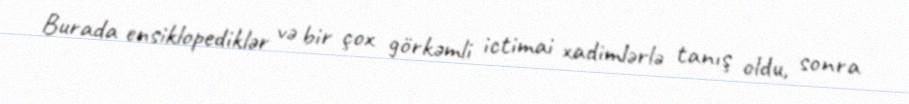
Burada ensiklopediklər və bir çox görkəmli ictimai xadimlərlə tanış oldu, sonra